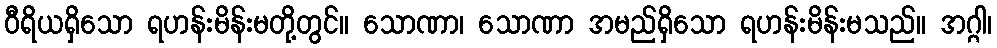
ဝီရိယရှိသော ရဟန်းမိန်းမတို့တွင်။ သောဏာ၊ သောဏာ အမည်ရှိသော ရဟန်းမိန်းမသည်။ အဂ္ဂါ၊